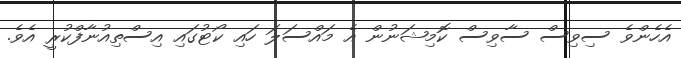
އެހެންވެ ސިވިސް ސާވިސް ކޮމިޝަނުން އެ މައްސަލަ ހައި ކޯޓުގައި އިސްތިއުނާފްކުރީ އެވެ.